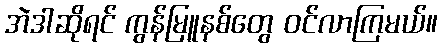
အဲဒါဆိုရင် ကွန်မြူနစ်တွေ ဝင်လာကြမယ်။